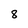
Character: 8